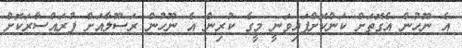
އެ ނޫހުން އެގޮތަށް ކަންކޮށްފައިވަނީ މީގެ ކުރިން އެ ނޫހުން ރަސޫލާއަށް ފުރައްސާރަކޮށް